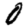
Digit: 0